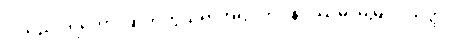
ငါသည်။ ရဟော၊ ဆိတ်ကွယ်ရာအရပ်ကို။ နပဿမိ၊ မမြင်။ ယတ္ထ၊